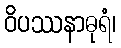
ဝိပဿနာဓုရံ၊